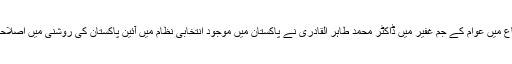
23 دسمبر کے اجتماع میں عوام کے جم غفیر میں ڈاکٹر محمد طاہر القادری نے پاکستان میں موجود انتخابی نظام میں آئین پاکستان کی روشنی میں اصلاحات کا ایجنڈا پیش کیا۔